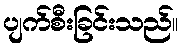
ပျက်စီးခြင်းသည်။